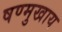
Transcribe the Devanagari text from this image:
षण्मुखाय